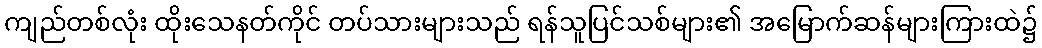
ကျည်တစ်လုံး ထိုးသေနတ်ကိုင် တပ်သားများသည် ရန်သူပြင်သစ်များ၏ အမြောက်ဆန်များကြားထဲ၌